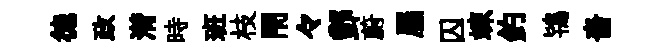
徳政潸時班枝閇々酆蔚屬囚竦釣鴇嗇